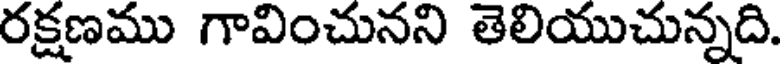
రక్షణము గావించునని తెలియుచున్నది.